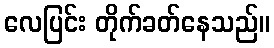
လေပြင်း တိုက်ခတ်နေသည်။